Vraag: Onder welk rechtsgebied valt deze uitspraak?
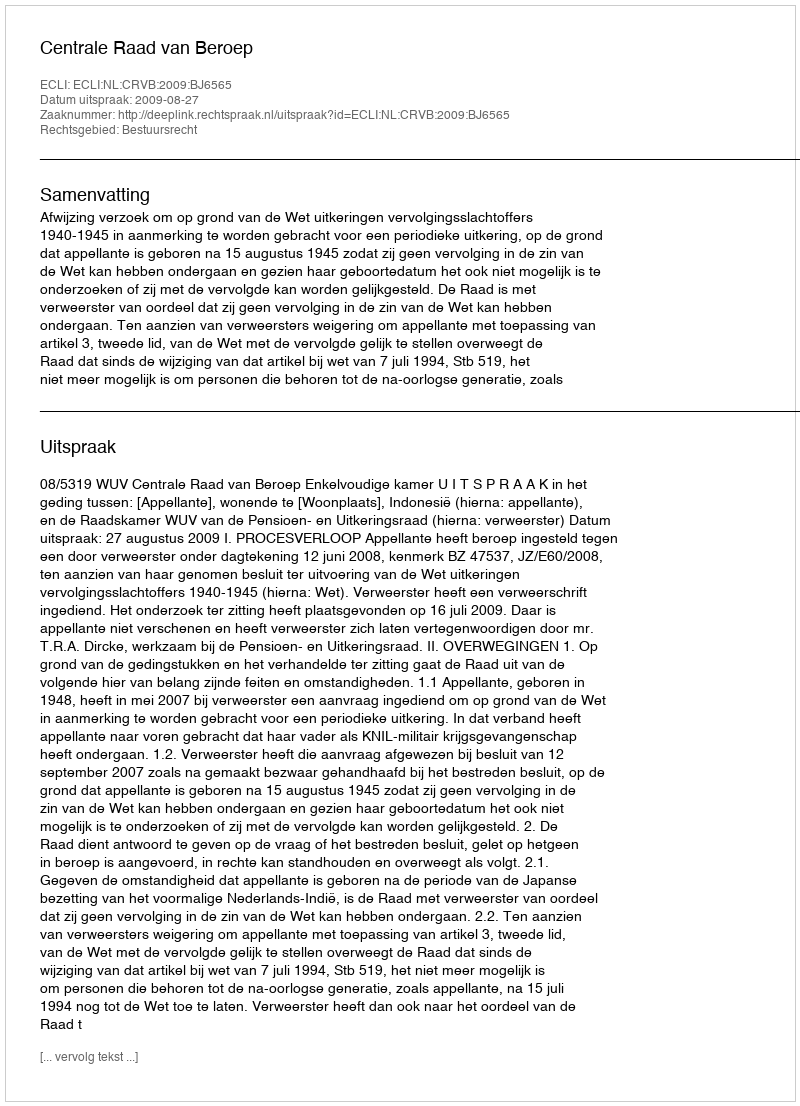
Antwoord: Bestuursrecht